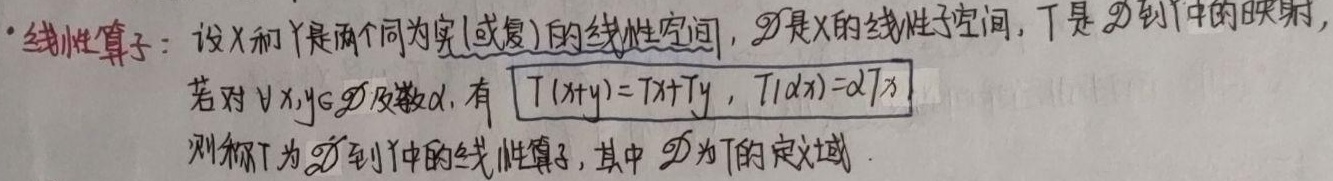
- 线性算子：设 \(X\) 和 \(Y\) 是两个同为实(或复)的线性空间，\(\mathscr{D}\) 是 \(X\) 的线性子空间，\(T\) 是 \(\mathscr{D}\) 到 \(Y\) 中的映射，若对 \(\forall x,y\in\mathscr{D}\) 及数 \(\alpha\)，有 \(T(x + y)=Tx+Ty\)，\(T(\alpha x)=\alpha Tx\)，则称 \(T\) 为 \(\mathscr{D}\) 到 \(Y\) 中的线性算子，其中 \(\mathscr{D}\) 为 \(T\) 的定义域。